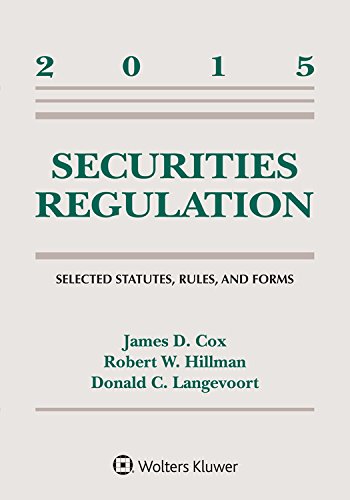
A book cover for Securities Regulation: Selected Statutes Rules and Forms Supplement; James D. Cox; Law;